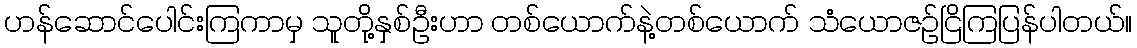
ဟန်ဆောင်ပေါင်းကြကာမှ သူတို့နှစ်ဦးဟာ တစ်ယောက်နဲ့တစ်ယောက် သံယောဇဉ်ငြိကြပြန်ပါတယ်။